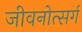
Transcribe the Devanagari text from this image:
जीवनोत्सर्ग